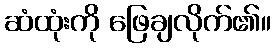
ဆံထုံးကို ဖြေချလိုက်၏။